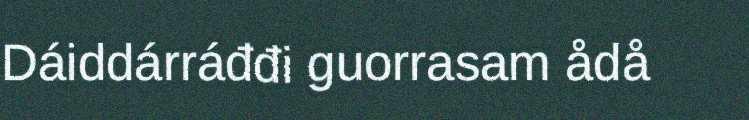
Dáiddárráđđi guorrasam ådå